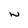
Character: w